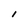
Character: l